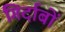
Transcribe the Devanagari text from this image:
गिर्दाबों